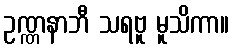
ဥဏ္ဏနာဘီ သရဗူ မူသိကာ။